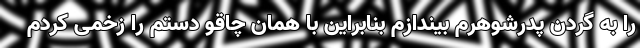
را به گردن پدرشوهرم بیندازم بنابراین با همان چاقو دستم را زخمی کردم